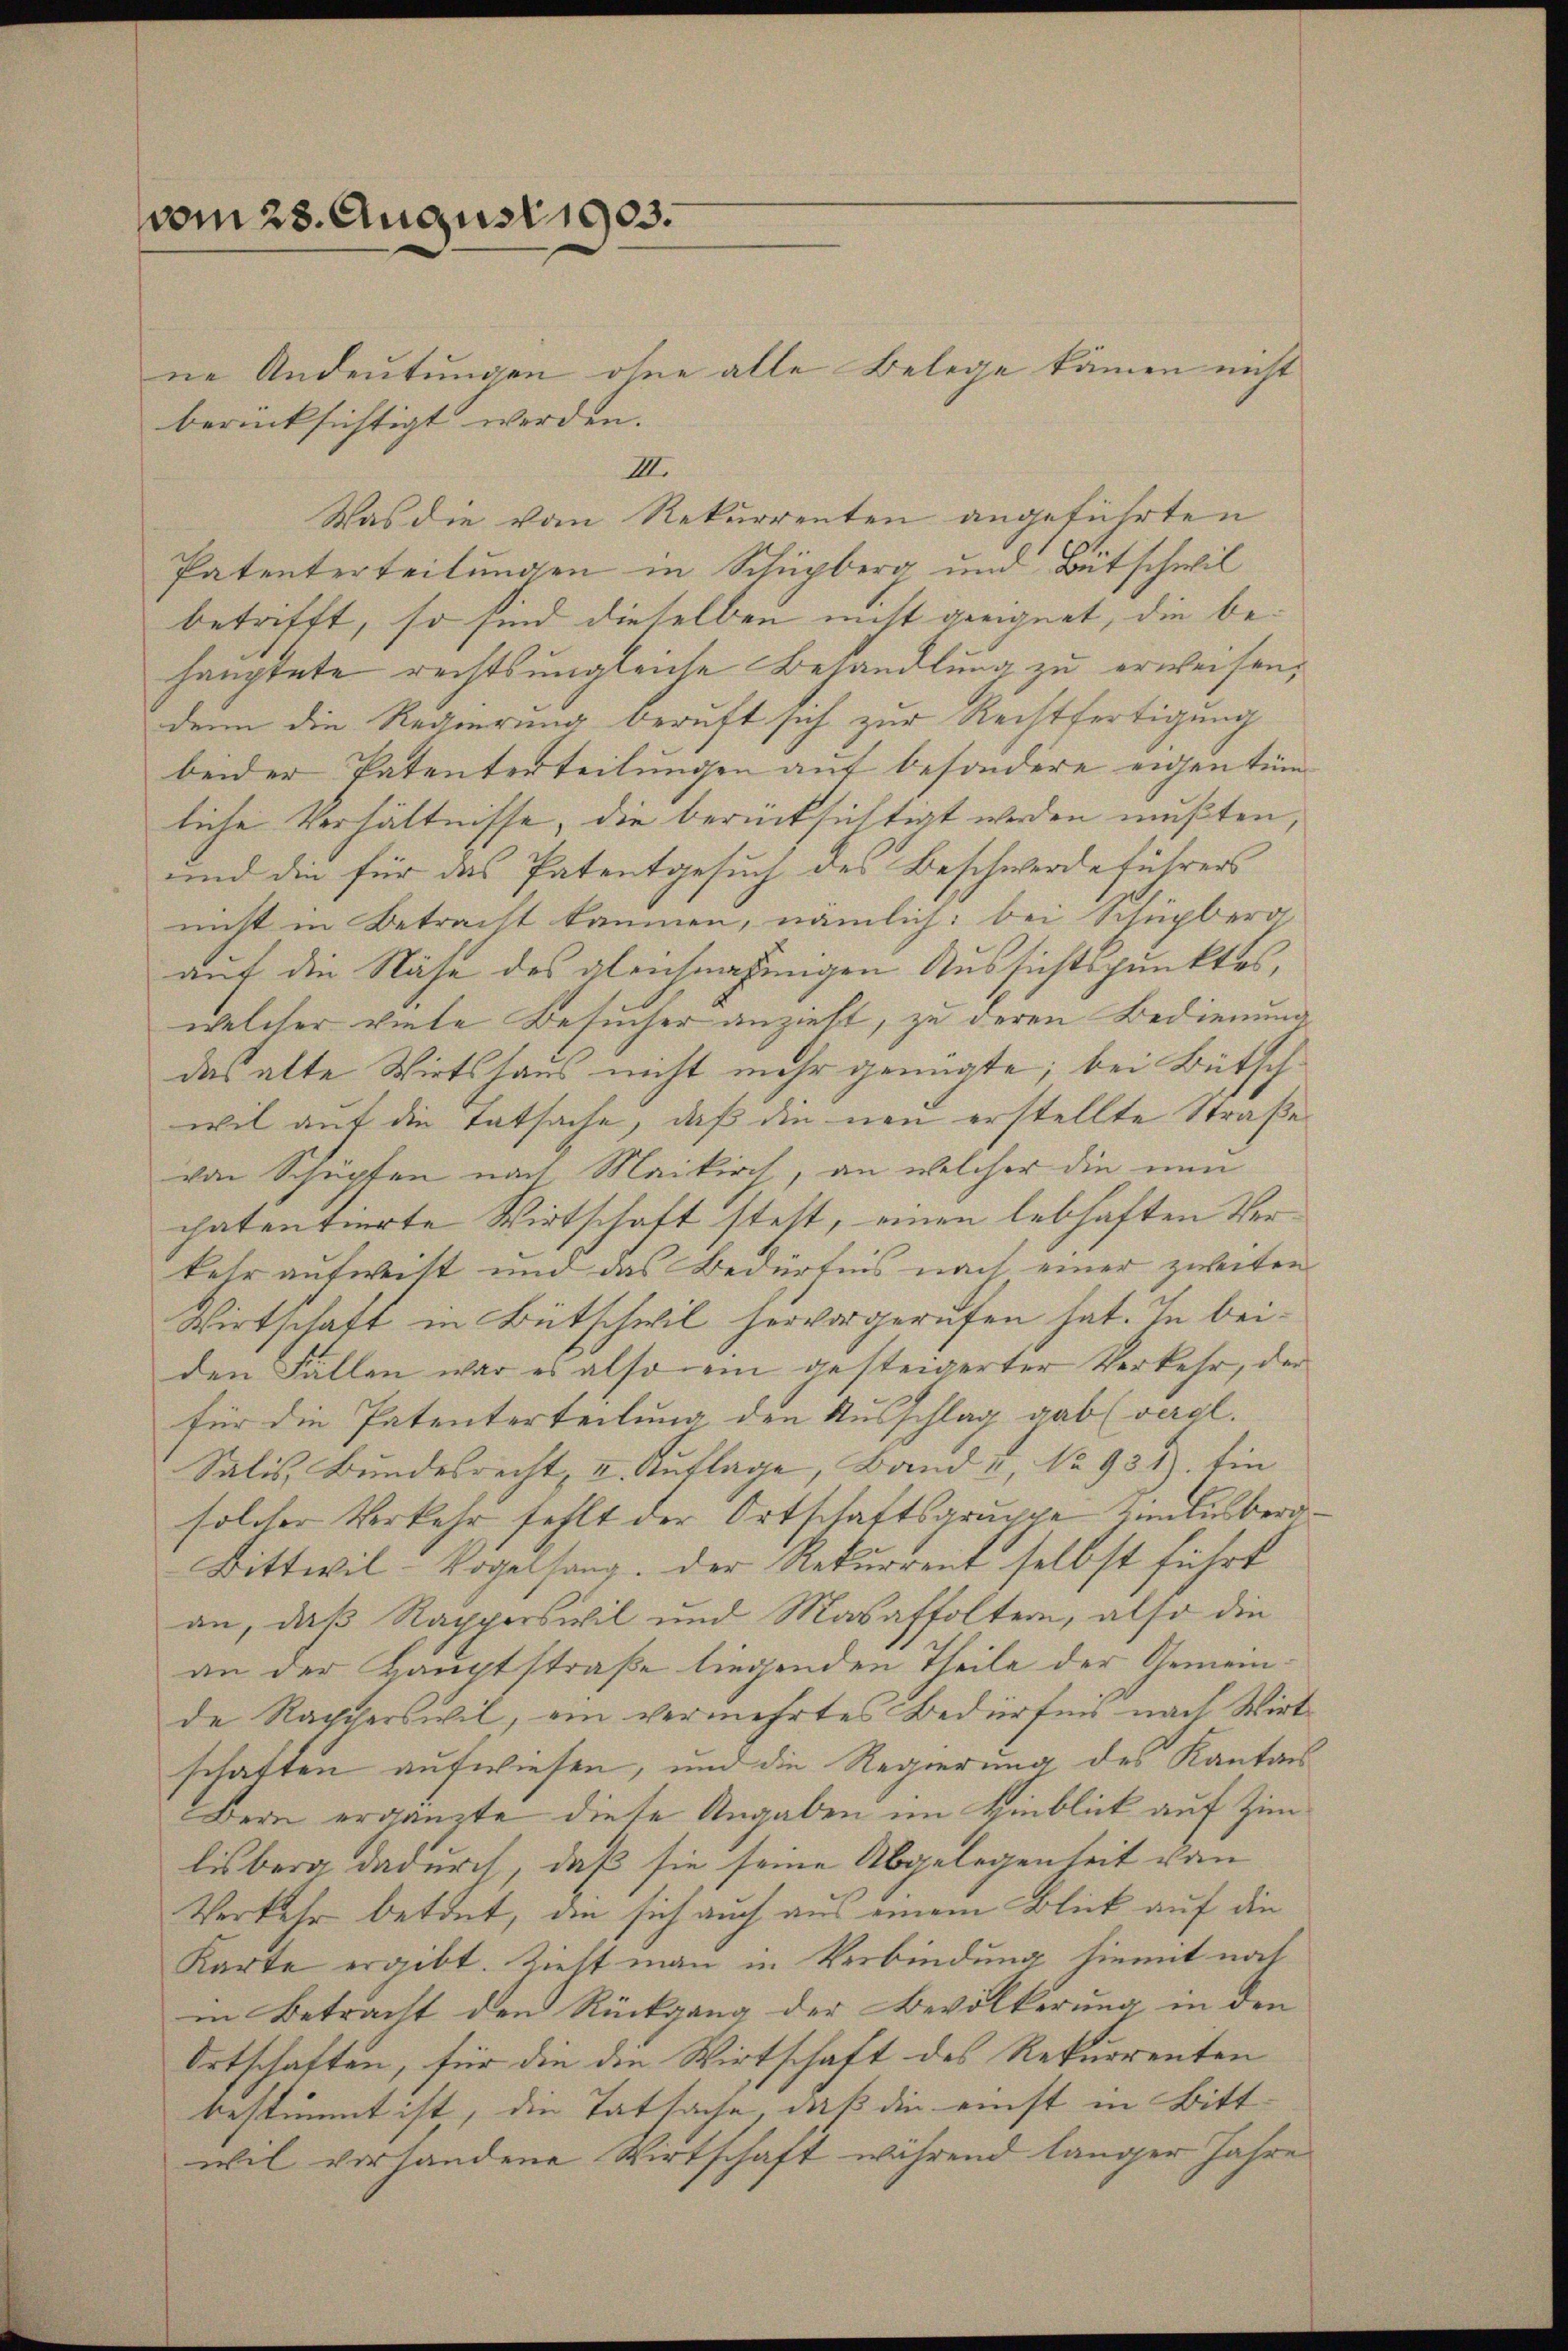
vom 28. August 1903.

ne Andeutungen ohne alle Belege kamen nicht
berücksichtigt werden.
IIII.
Was die vom Rekurrenten angeführten
Patenterteilungen in Schüpberg und Bütschwil
betrifft, so sind dieselben nicht geeignet, die behauptete rechts ungleiche Behandlung zu erweisen,
denn die Regierung beruft sich zur Rechtfertigung
beider Patenterteilungen auf besondere eigentüm
liche Verhältnisse, die berücksichtigt werden mußten,
und die für das Patentgesuch des Beschwerde führers
nicht in Betracht kommen, nämlich: bei Schüpberg
auf die Nähe des gleichnahungen Aussichtspunktes,
welcher viele Besucher anzieht, zu deren Bedienung
das alte Wirtshaus nicht mehr genügte; bei Bütschwil auf die Tatsache, daß die neu erstellte Straße
von Schüpten nach Maikirch, an welcher die nun
chatentierte Wirtschaft steht, einen lebhaften Verkehr aufwilt und das Bedürfnis nach einer zweiten
Wirtschaft in Bütschwil hervorgerufen hat. In beiden Fällen war es also ein gesteigerter Verkehr, der
für die Patenterteilung den Ausschlag gab (vergl.
Salis Bundesrecht, u. Auflage, Band u. No. 931). Ein
solcher Verkehr fehlt der Ortschaftsgruppe zum Ausberg
Bittwil-Vogelsang. Der Rekurrent selbst führt
an, daß Rapperswil und Masaffoltern, also die
an der Hauptstraße liegenden Theile der Gemeinde Rachterswil, ein vermehrtes Bedürfen nach Wirtschaften aufwiesen, und die Regierung des Kanton
Bern ergänzte diese Angaben im Hinblick auf Zimlisberg dadurch, daß sie seine Abgelegenheit von
Verkehr betont, die sich auch aus einem Blick auf die
Karte ergibt. Zieht man in Verbindung hiemit nat
in Betracht den Rückgang der Bevölkerung in den
Ortschaften, für die die Wirtschaft des Rekurrenten
bestimmt ist, die Tatsache, daß die einst in Bitt-
wil vorhandene Wirtschaft während länger Jahre